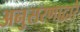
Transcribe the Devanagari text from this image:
अनुसरणाद्वारे